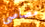
مصاصى